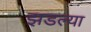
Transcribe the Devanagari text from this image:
झडल्या